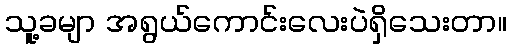
သူ့ခမျာ အရွယ်ကောင်းလေးပဲရှိသေးတာ။